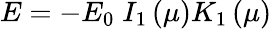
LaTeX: E=-E_{0}\; I_{1}\left(\mu\right)K_{1}\left(\mu\right)